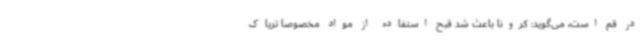
در قم است، می‌گوید: کرونا باعث شد قبح استفاده از مواد مخصوصا تریاک